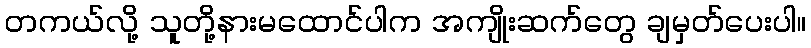
တကယ်လို့ သူတို့နားမထောင်ပါက အကျိုးဆက်တွေ ချမှတ်ပေးပါ။